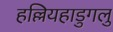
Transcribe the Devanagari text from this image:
हल्लियहाडुगलु